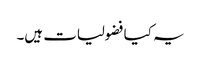
یہ کیا فضولیات ہیں۔